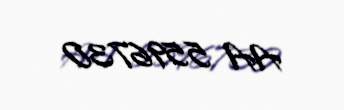
AA 5596730